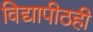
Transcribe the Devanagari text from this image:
विद्यापीठही